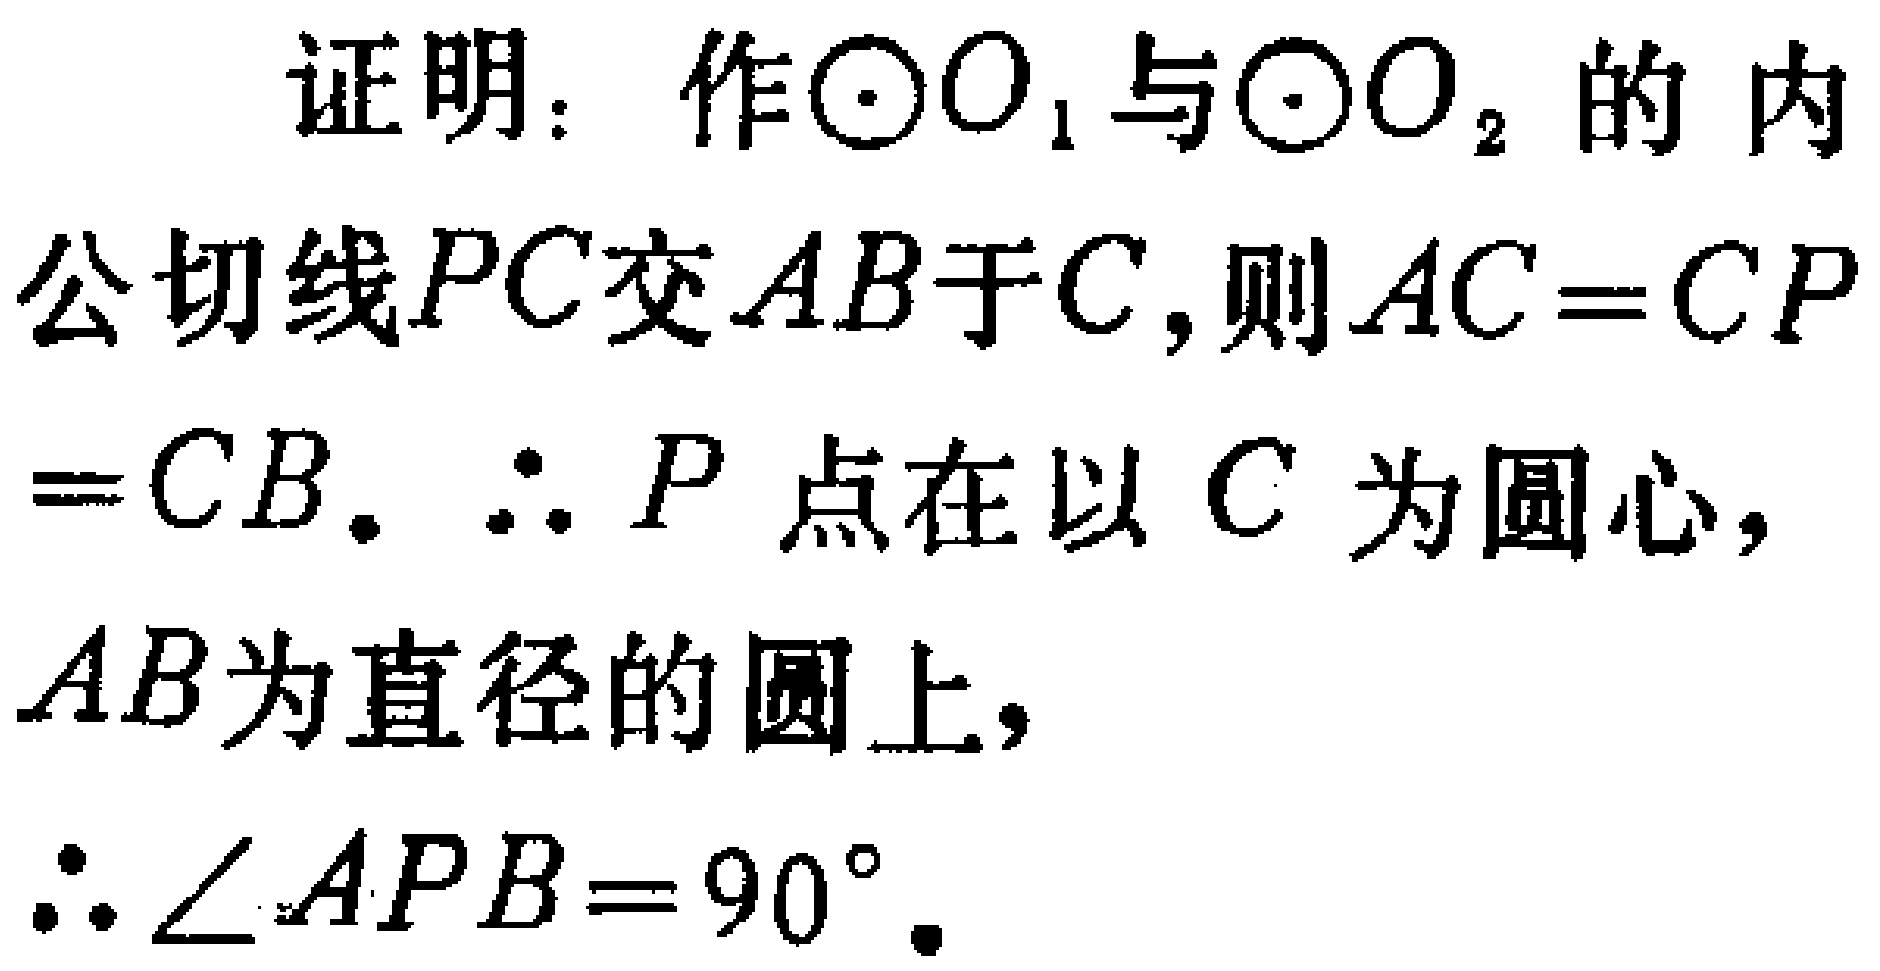
证明：作\(\odot O_{1}\)与\(\odot O_{2}\)的内公切线\(PC\)交\(AB\)于\(C\)，则\(AC = CP=CB\)。\(\therefore P\)点在以\(C\)为圆心，\(AB\)为直径的圆上，\(\therefore \angle APB = 90^{\circ}\)。